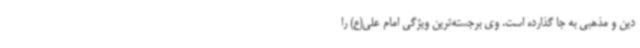
دین و مذهبی به جا گذارده است. وی برجسته‌ترین ویژگی امام علی(ع) را